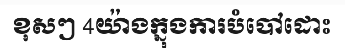
ខុសៗ 4យ៉ាងក្នុងការបំបៅដោះ